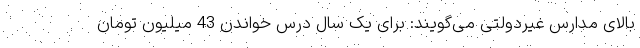
بالای مدارس غیردولتی می‌گویند: برای یک سال درس خواندن 43 میلیون تومان